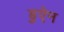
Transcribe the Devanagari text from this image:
डुऐन